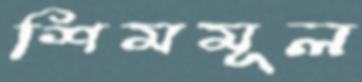
শিমমূল